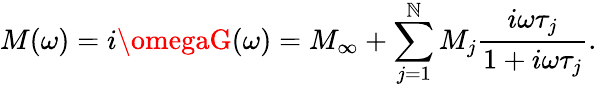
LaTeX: M(\omega)=i\omegaG(\omega)=M_{\infty}+\sum_{j=1}^{\mathbb{N}}M_{j}\frac{{i\omega\tau_{j}}}{{1+i\omega\tau_{j}}}.